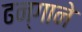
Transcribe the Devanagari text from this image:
ढन्गाने